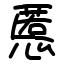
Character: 慝